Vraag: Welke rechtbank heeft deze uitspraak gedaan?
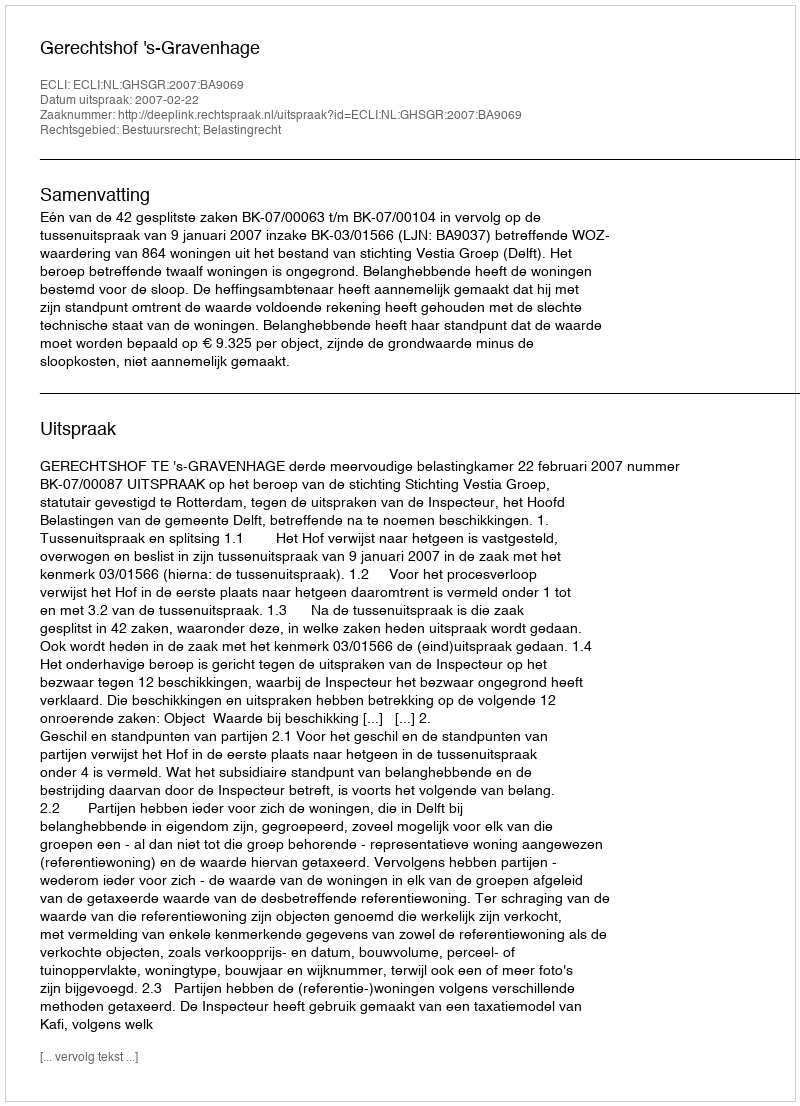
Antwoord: Gerechtshof 's-Gravenhage